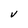
Character: V